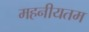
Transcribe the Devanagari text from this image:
महनीयतम